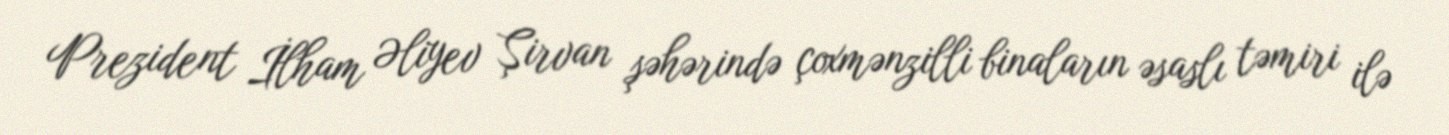
Prezident İlham Əliyev Şirvan şəhərində çoxmənzilli binaların əsaslı təmiri ilə